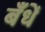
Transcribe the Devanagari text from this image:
बँधें